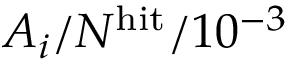
A _ { i } / N ^ { \mathrm { h i t } } / 1 0 ^ { - 3 }